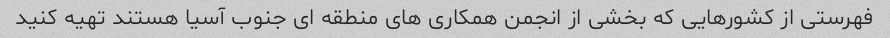
فهرستی از کشورهایی که بخشی از انجمن همکاری های منطقه ای جنوب آسیا هستند تهیه کنید